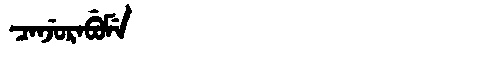
Manchu: ᠴᠠᠨᠵᡠᡵᠠᠪᡠᠮᡝ
Romanization: CANJURABUME